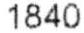
1840